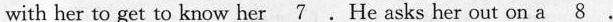
with her to get to know her \underline{7}. He asks her out on a \underline{8}.